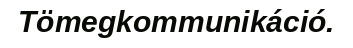
Tömegkommunikáció.